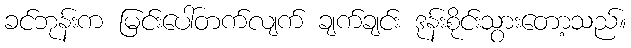
ခင်ဘုန်းက မြင်းပေါ်တက်လျက် ချက်ချင်း ဒုန်းစိုင်းသွားတော့သည်။